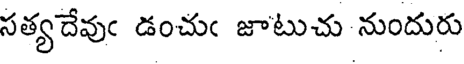
సత్యదేవుఁ డంచుఁ జాటుచు నుందురు